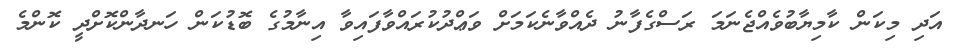
އަދި މިކަން ކާމިޔާބުވެއްޖެނަމަ ރަސްގެފާނު ދެއްވާނެކަމަށް ވަޢްދުކުރައްވާފައިވާ އިނާމުގެ ބޮޑުކަން ހަނދާންކޮށްދީ ކޮންމެ